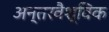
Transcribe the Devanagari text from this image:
अन्तरवैश्विक